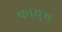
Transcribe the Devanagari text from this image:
फायुम